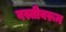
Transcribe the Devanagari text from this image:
वस्तीवरून